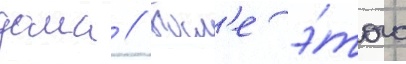
дома // Посл'е э́того